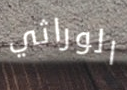
الوراثي